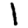
Digit: 1